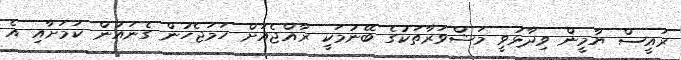
ރައީސް ޔާމީން ވިދާޅުވީ މަޝްވަރާތަކުގެ ބޭނުމަކީ ރާއްޖެއަށް ހަމަޖެހުން ގެނައުން ކަމަށާއި އެ